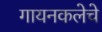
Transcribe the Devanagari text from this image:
गायनकलेचे